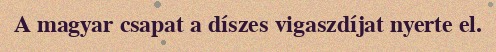
A magyar csapat a díszes vigaszdíjat nyerte el.